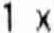
1 X